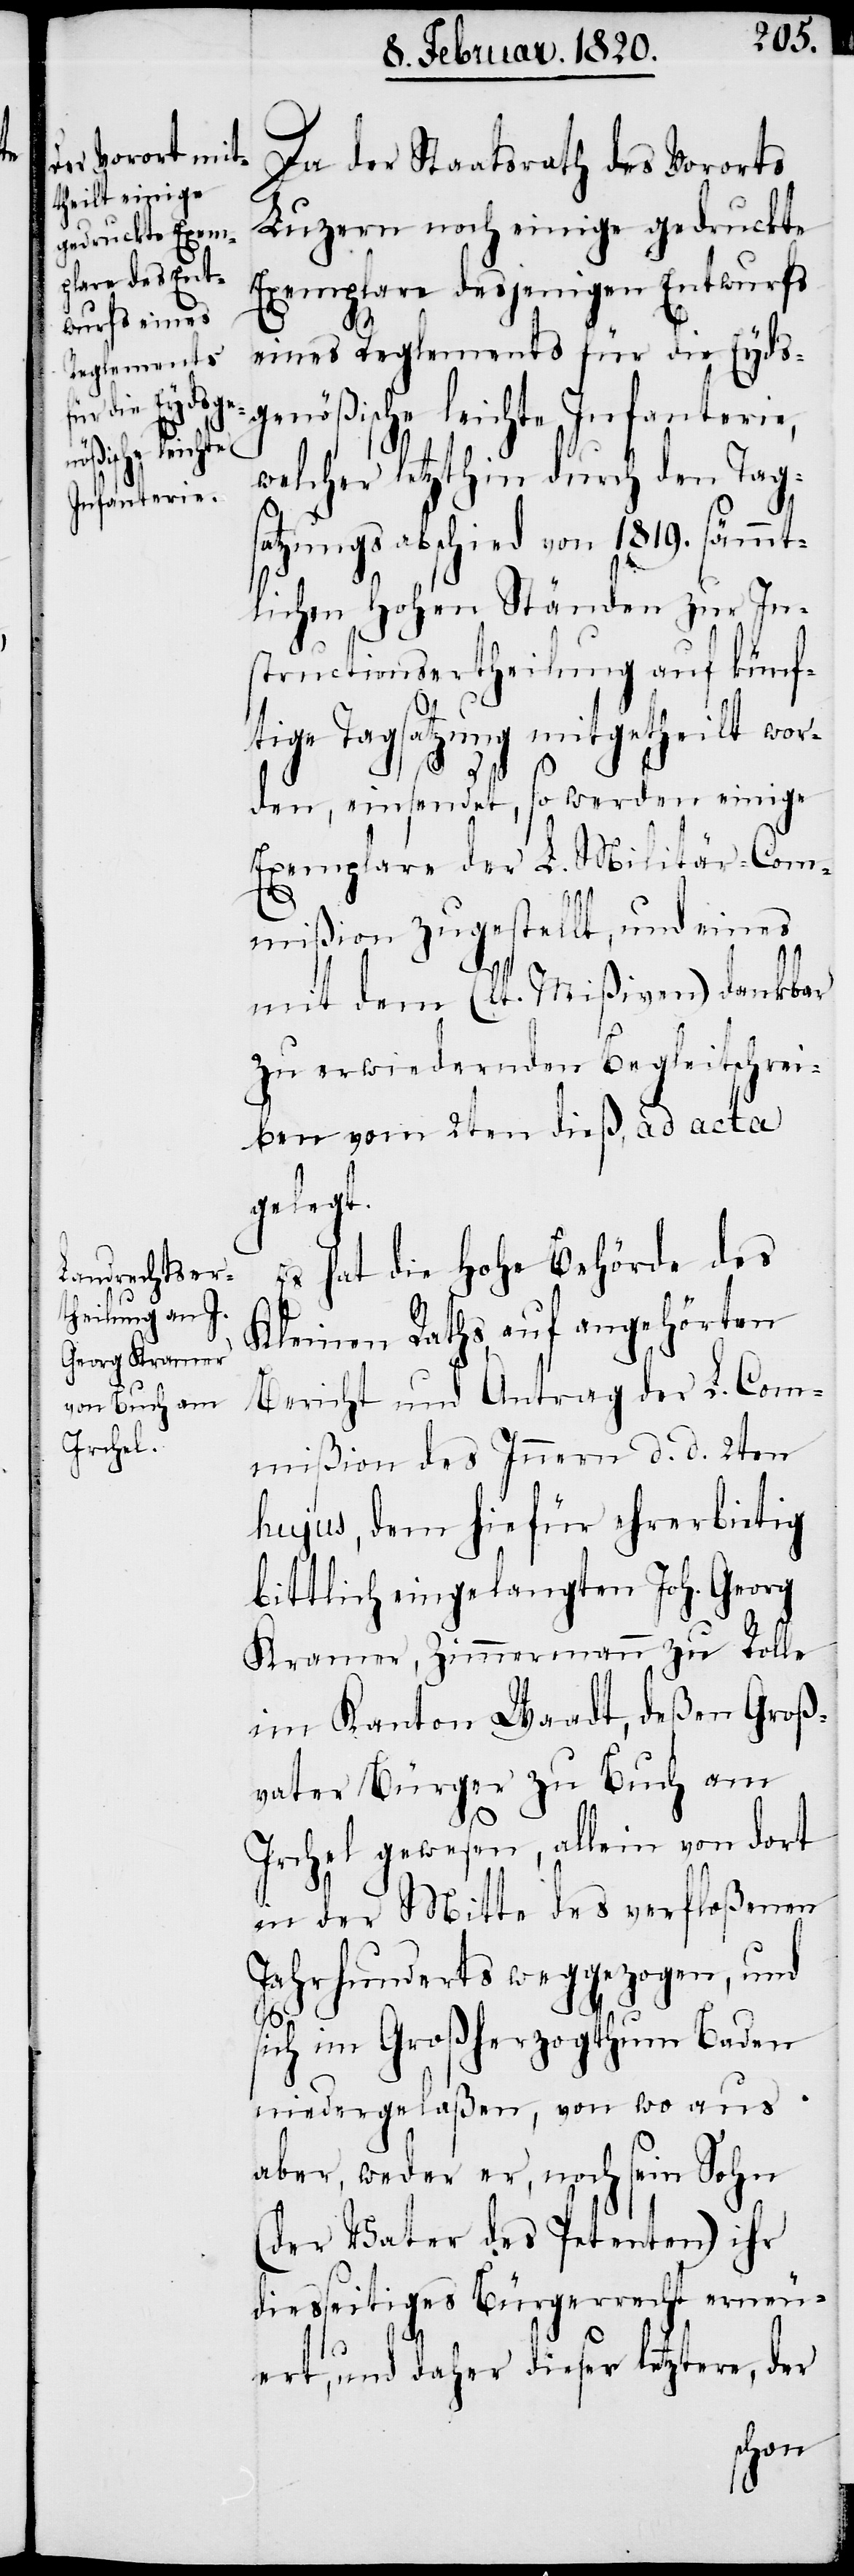
Da der Staatsrath des Vororts
Luzern noch einige gedruckte
Exemplare desjenigen Entwurfs
eines Reglements für die Eyds¬
genößische leichte Infanterie,
welcher letzthin durch den Tag¬
satzungsabschied von 1819. sämmt¬
lichen Hohen Ständen zur In¬
structionsertheilung auf künf¬
tige Tagsatzung mitgetheilt wor¬
den, einsendet, so werden einige
Exemplare der L. Militär-Com¬
mißion zugestellt, und eines
mit dem (lt. Mißiven) dankbar
zu erwiedernden Begleitschrei¬
ben vom 2ten dieß, ad acta
gelegt.
Es hat die Hohe Behörde des
Kleinen Raths, auf angehörten
Bericht und Antrag der L. Com¬
mißion des Innern d. d. 2ten
hujus, dem hiefür ehrerbietig
bittlich eingelangten Joh. Georg
Kramer, Zimmermann zu Rolle
im Kanton Waadt, deßen Groß¬
vater Bürger zu Buch am
Irchel gewesen, allein von dort
in der Mitte des verfloßenen
Jahrhunderts weggezogen, und
sich im Großherzogthum Baden
niedergelaßen, von wo aus
aber, weder er, noch sein Sohn
(der Vater des Petenten) ihr
diesseitiges Bürgerrecht erneu¬
ert, und daher dieser letztere, der